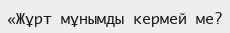
«Жұрт мұнымды кермей ме?